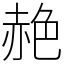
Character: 赩